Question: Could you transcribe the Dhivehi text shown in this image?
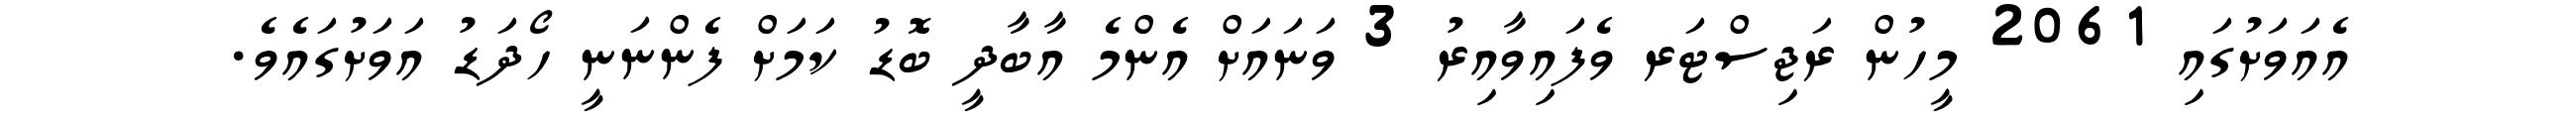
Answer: އެއަވަށުގައި 2061 މީހުން ރަޖިސްޓަރ ވެފައިވާއިރު 3 ވަނައަށް އެންމެ އާބާދީ ބޮޑު ކަމަށް ފެންނަނީ ހޯދަޑު އަވަށުގައެވެ.